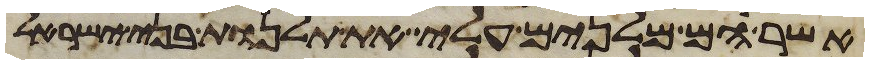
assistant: אשר הם מלנים עלי את תלנות בני ישראל